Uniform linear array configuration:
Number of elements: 8
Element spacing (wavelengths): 1
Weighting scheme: binomial
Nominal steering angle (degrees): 45
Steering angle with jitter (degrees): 46.602
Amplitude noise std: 0.05
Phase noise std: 0.05

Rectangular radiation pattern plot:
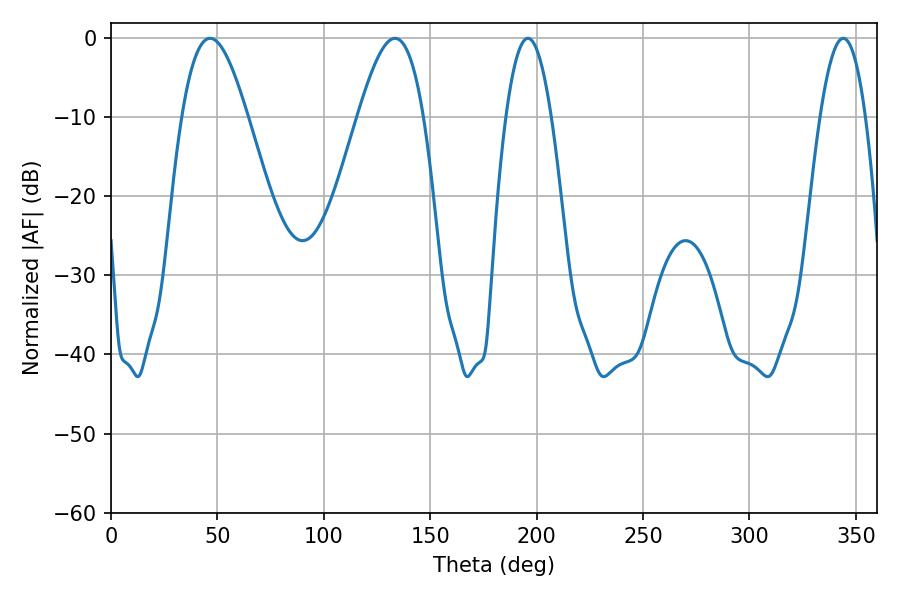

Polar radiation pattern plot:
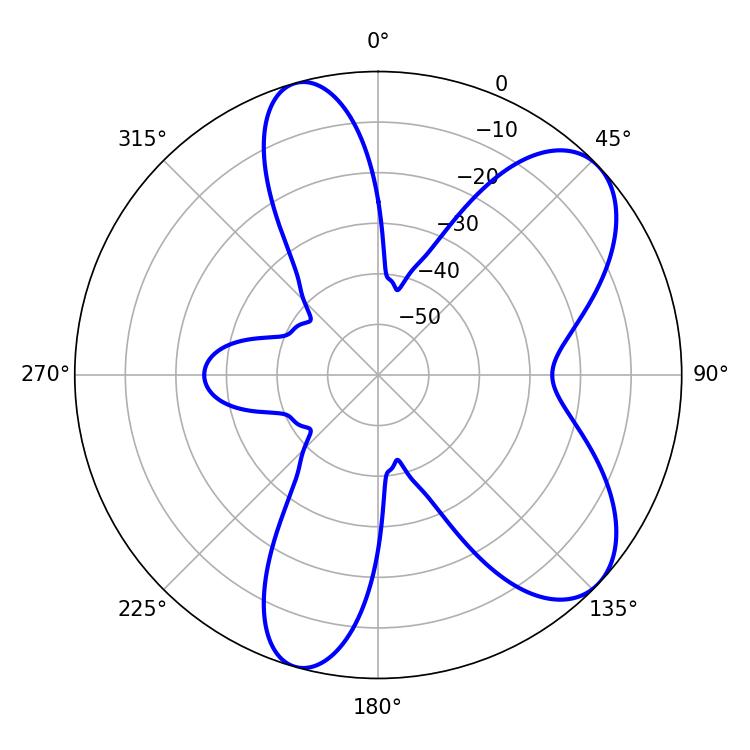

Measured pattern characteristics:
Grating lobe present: TRUE
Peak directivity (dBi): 7.602
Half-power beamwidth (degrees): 16.74
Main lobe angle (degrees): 46.62